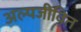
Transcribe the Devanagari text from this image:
अल्पजीवित